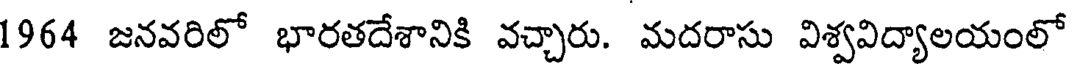
1964 జనవరిలో భారతదేశానికి వచ్చారు. మదరాసు విశ్వవిద్యాలయంలో